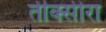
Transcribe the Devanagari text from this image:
तीक्सीरा